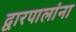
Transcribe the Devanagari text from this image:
द्वारपालांना